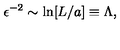
\epsilon ^ { - 2 } \sim \ln [ L / a ] \equiv \Lambda ,